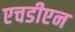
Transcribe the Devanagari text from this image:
एचडीएन